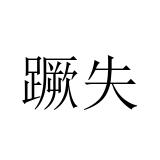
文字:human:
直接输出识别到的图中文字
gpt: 蹶失